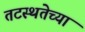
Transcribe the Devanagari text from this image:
तटस्थतेच्या